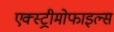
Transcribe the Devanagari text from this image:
एक्स्ट्रीमोफाइल्स